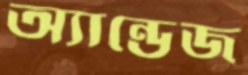
অ্যান্ডেজ